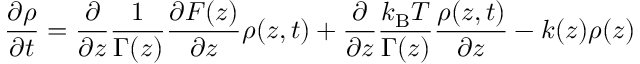
\frac { \partial \rho } { \partial t } = \frac { \partial } { \partial z } \frac { 1 } { \Gamma ( z ) } \frac { \partial F ( z ) } { \partial z } \rho ( z , t ) + \frac { \partial } { \partial z } \frac { k _ { \mathrm { B } } T } { \Gamma ( z ) } \frac { \rho ( z , t ) } { \partial z } - k ( z ) \rho ( z )